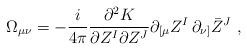
LaTeX: \begin{align*}\Omega_{\mu\nu}=-\frac i{4\pi} \frac{\partial^2 K}{\partial Z^I\partial Z^J}\partial_{[\mu}Z^I\,\partial_{\nu]}\bar Z^J\ ,\end{align*}